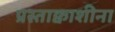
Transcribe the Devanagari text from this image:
प्रस्ताक्वाशीना